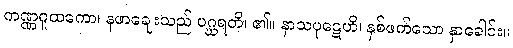
ကဏ္ဏဂူထကော၊ နဖာချေးသည် ပဂ္ဃရတိ၊ ၏။ နာသပုဋေဟိ၊ နှစ်ဖက်သော နှာခေါင်း။